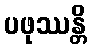
ပဖုဿန္တိ